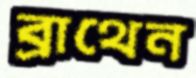
ব্রাথেন